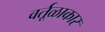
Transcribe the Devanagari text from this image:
वर्तूळाकार